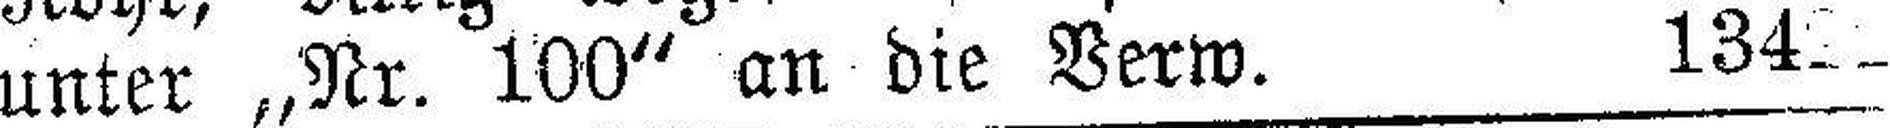
unter „Nr. 100“ an die Verw. 13422